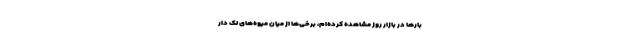
بارها در بازار روز مشاهده‌ کرده‌ام، برخی‌ها از میان میوه‌های لک دار